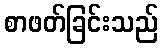
စာဖတ်ခြင်းသည်